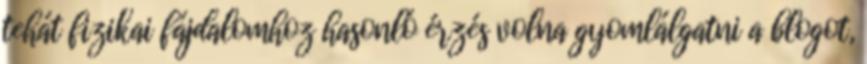
tehát fizikai fájdalomhoz hasonló érzés volna gyomlálgatni a blogot,